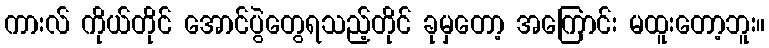
ကားလ် ကိုယ်တိုင် အောင်ပွဲတွေရသည့်တိုင် ခုမှတော့ အကြောင်း မထူးတော့ဘူး။